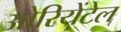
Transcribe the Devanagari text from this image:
ओरियेंटेल